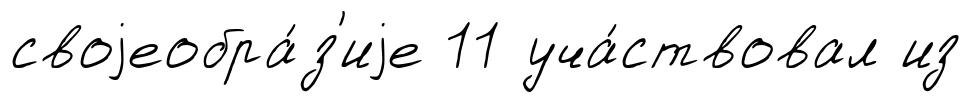
своjеобра́з'иjе 11 уча́ствовал из